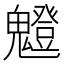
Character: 𩴝